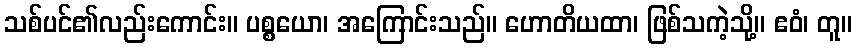
သစ်ပင်၏လည်းကောင်း။ ပစ္စယော၊ အကြောင်းသည်။ ဟောတိယထာ၊ ဖြစ်သကဲ့သို့။ ဧဝံ၊ တူ။